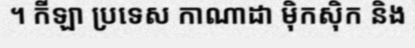
។ កីឡា ប្រទេស កាណាដា ម៉ិកស៊ិក និង